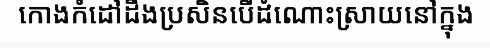
កោងកំដៅដឹងប្រសិនបើដំណោះស្រាយនៅក្នុង